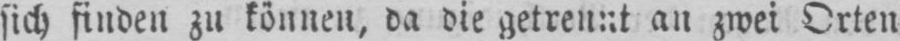
sich finden zu können, da die getrennt an zwei Orten